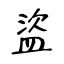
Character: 盜